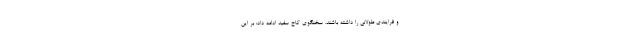
و فرایندی طولانی را داشته باشند. سخنگوی کاخ سفید ادامه داد: بر این